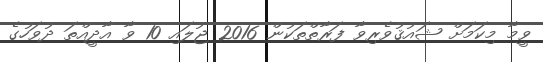
ވީމާ މިކަމަށް ޝައުޤުވެރިވާ ފަރާތްތަކުން 2016 ޖުލައި 10 ވާ އާދީއްތަ ދުވަހުގެ